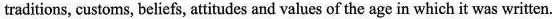
traditions, customs, beliefs, attitudes and values of the age in which it was written.